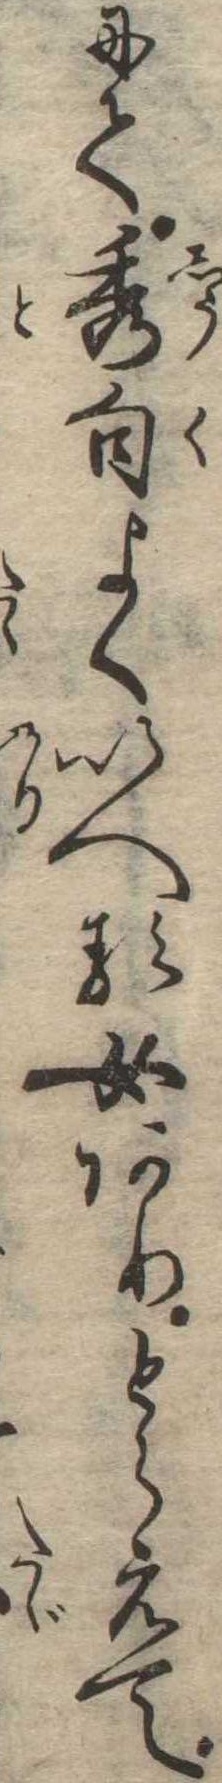
にて秀句よくいへる女ありとらえて